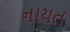
નાયત